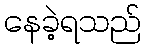
နေခဲ့ရသည်